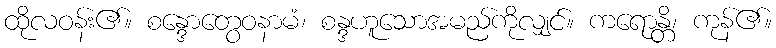
ထိုလဝန်း၏။ စန္ဒောတွေဝနာမံ၊ စန္ဒဟူသောအမည်ကိုလျှင်။ ကရောန္တိ၊ ကုန်၏။